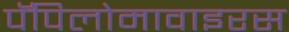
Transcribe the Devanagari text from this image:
पॅपिलोमावाइरस